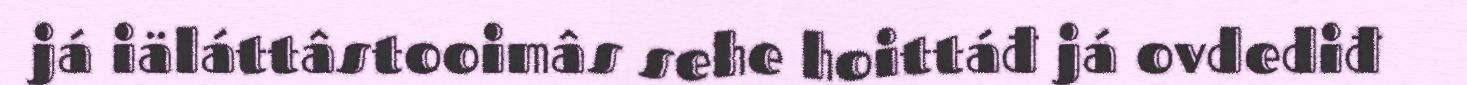
já iäláttâstooimâs sehe hoittáđ já ovdediđ